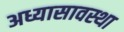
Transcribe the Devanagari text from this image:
अध्यासावस्था